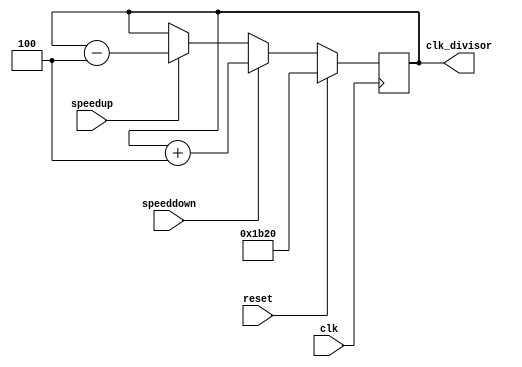
`default_nettype none
module speed_control(clk, speedup, speeddown, reset, clk_divisor);

	input clk, speedup, speeddown, reset;
	output [31:0] clk_divisor;
	parameter CLK72KHZ = 6944; // 7200 
		//470=44k   8E0=22k	5EB=33k
	reg [31:0] clk_divisor = CLK72KHZ;
	reg first = 1'b1;
	
	always @(posedge clk) begin
		if(speedup) clk_divisor <= clk_divisor - 3'b100;
		if(speeddown) clk_divisor <= clk_divisor + 3'b100;
		if(reset) clk_divisor <= CLK72KHZ;
	end

endmodule